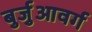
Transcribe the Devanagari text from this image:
बुर्जुआवर्ग